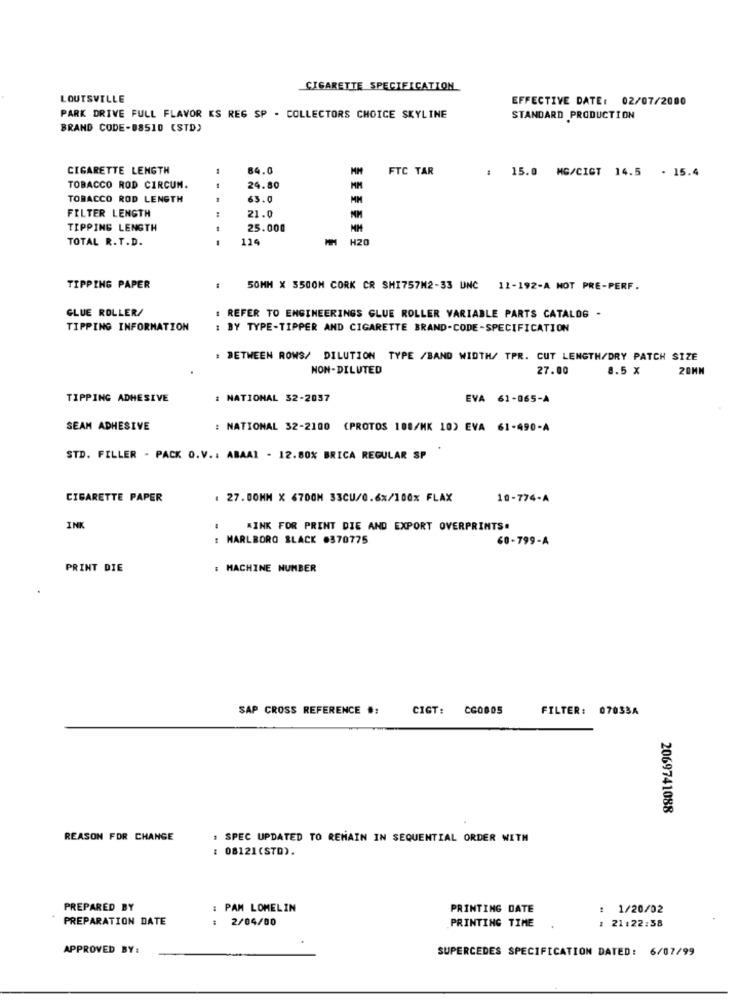
CIGARETTE SPECIFICATION
LOUTSVILLE
EFFECTIVE DATE: 02/07/2000
PARK DRIVE FULL FLAVOR KS REG SP - COLLECTORS CHOICE SKYLINE
STANDARD PRODUCTION
BRAND CODE-08510 (STD)
CIGARETTE LENGTH
84.0
MM
FTC TAR
: 15.0 MG/CIGT 14.5 - 15.4
TOBACCO ROD CIRCUM.
--
24.80
TOBACCO ROD LENGTH
63.0
MM
FILTER LENGTH
21.0
TIPPING LENGTH
25.000
MM
TOTAL R.T.D.
119
H20
TIPPING PAPER
50MM X 3500M CORK CR SHI757M2-33 UNC 11-192-A MOT PRE-PERF.
GLUE ROLLER/
: REFER TO ENGINEERINGS GLUE ROLLER VARIABLE PARTS CATALOG -
TIPPING INFORMATION
: BY TYPE-TIPPER AND CIGARETTE BRAND-CODE-SPECIFICATION
: BETWEEN ROWS/ DILUTION TYPE /BAND WIDTH/ TPR. CUT LENGTH/DRY PATCH SIZE
NON-DILUTED
27.00
8.5 x
20MM
TIPPING ADHESIVE
: NATIONAL 32-2037
EVA 61-065-A
SEAM ADHESIVE
: NATIONAL 32-2100 (PROTOS 108/MK 10) EVA 61-490-A
STD. FILLER - PACK O.V .: ABAAL - 12.80% BRICA REGULAR SP
CIGARETTE PAPER
27.00MM X 6700M 33CU/0.6%/100% FLAX
10-774-A
INK
WINK FOR PRINT DIE AND EXPORT OVERPRINTS.
: MARLBORO BLACK 0370775
60-799-A
PRINT DIE
: MACHINE NUMBER
SAP CROSS REFERENCE #:
CIGT: CG0805
FILTER: 07033A
2069741088
REASON FOR CHANGE
: SPEC UPDATED TO REMAIN IN SEQUENTIAL ORDER WITH
: 08121(STD).
PREPARED BY
: PAM LOMELIN
PRINTING DATE
1/20/02
PREPARATION DATE
: 2/04/00
PRINTING TIME
: 21:22:58
APPROVED BY:
SUPERCEDES SPECIFICATION DATED: 6/07/99